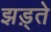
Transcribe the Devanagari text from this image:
झड़्ते